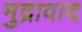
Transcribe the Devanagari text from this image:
मुद्रावाद